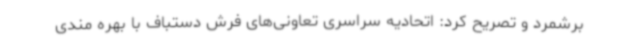
برشمرد و تصریح کرد: اتحادیه سراسری تعاونی‌های فرش دستباف با بهره مندی